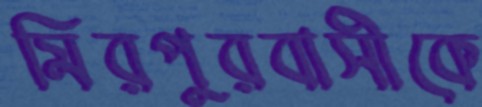
মিরপুরবাসীকে